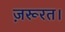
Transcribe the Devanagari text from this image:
ज़रूरत।